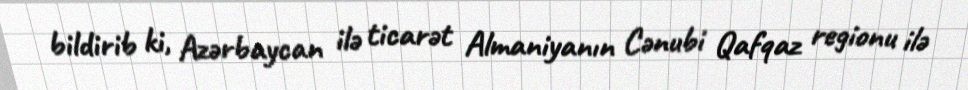
bildirib ki, Azərbaycan ilə ticarət Almaniyanın Cənubi Qafqaz regionu ilə